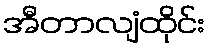
အီတာလျံထိုင်း